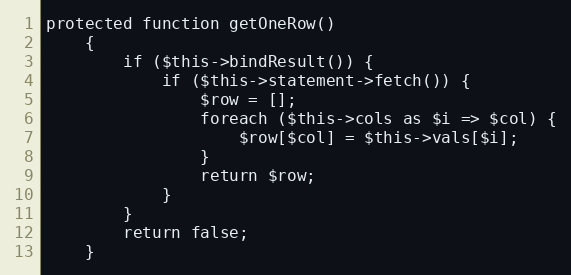
Language: PHP
protected function getOneRow()
    {
        if ($this->bindResult()) {
            if ($this->statement->fetch()) {
                $row = [];
                foreach ($this->cols as $i => $col) {
                    $row[$col] = $this->vals[$i];
                }
                return $row;
            }
        }
        return false;
    }